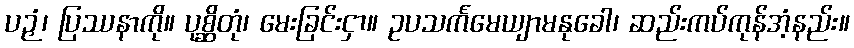
ပဉှံ၊ ပြဿနာကို။ ပုစ္ဆိတုံ၊ မေးခြင်းငှာ။ ဥပသင်္ကမေယျာမနုခေါ၊ ဆည်းကပ်ကုန်အံ့နည်း။